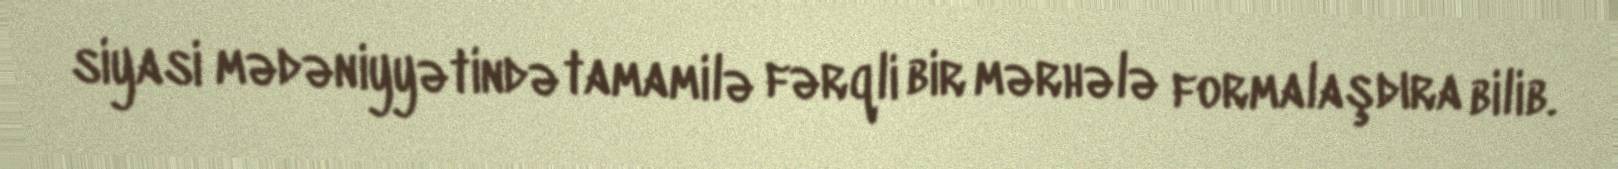
siyasi mədəniyyətində tamamilə fərqli bir mərhələ formalaşdıra bilib.